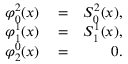
\begin{array} { r l r } { \varphi _ { 0 } ^ { 2 } ( x ) } & { { } = } & { S _ { 0 } ^ { 2 } ( x ) , } \\ { \varphi _ { 1 } ^ { 1 } ( x ) } & { { } = } & { S _ { 1 } ^ { 1 } ( x ) , } \\ { \varphi _ { 2 } ^ { 0 } ( x ) } & { { } = } & { 0 . } \end{array}